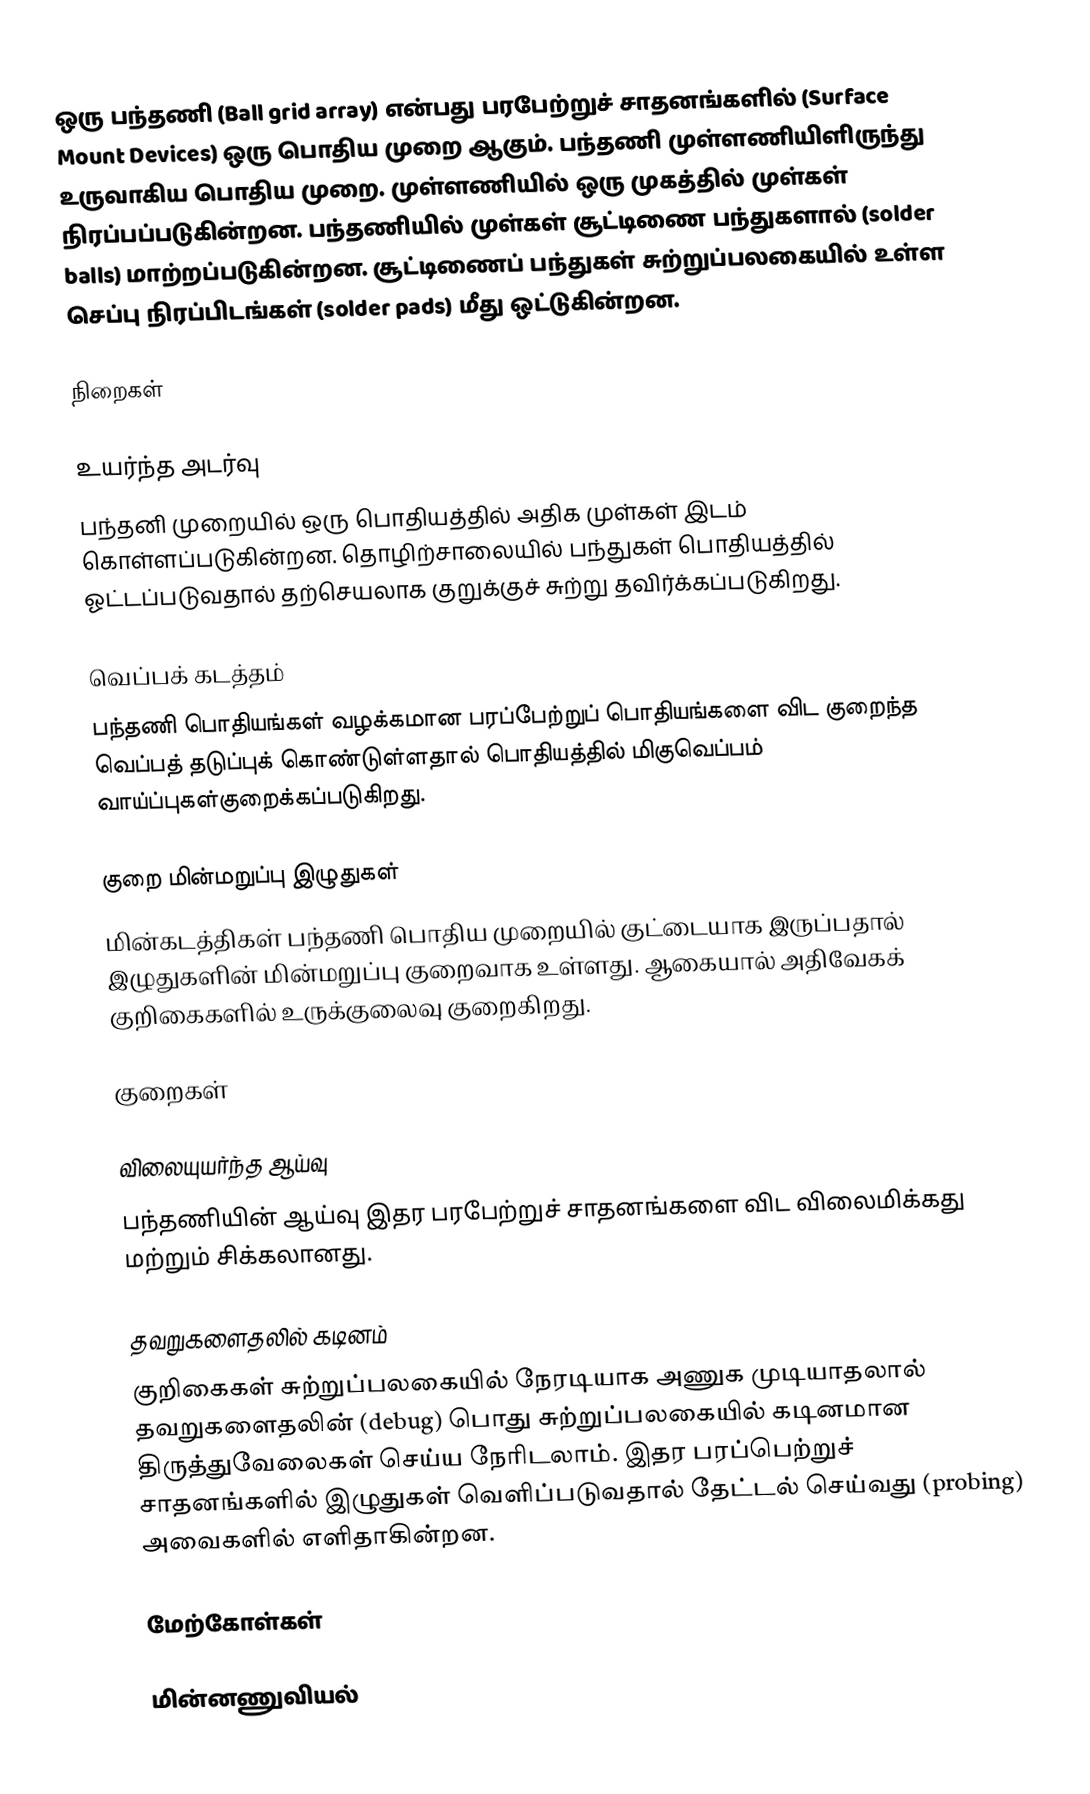
ஒரு பந்தணி (Ball grid array) என்பது பரபேற்றுச் சாதனங்களில் (Surface Mount Devices) ஒரு பொதிய முறை ஆகும். பந்தணி முள்ளணியிளிருந்து உருவாகிய பொதிய முறை. முள்ளணியில் ஒரு முகத்தில் முள்கள் நிரப்பப்படுகின்றன. பந்தணியில் முள்கள் சூட்டிணை பந்துகளால் (solder balls) மாற்றப்படுகின்றன. சூட்டிணைப் பந்துகள் சுற்றுப்பலகையில் உள்ள செப்பு நிரப்பிடங்கள் (solder pads) மீது ஒட்டுகின்றன.

நிறைகள்

உயர்ந்த அடர்வு
பந்தனி முறையில் ஒரு பொதியத்தில் அதிக முள்கள் இடம் கொள்ளப்படுகின்றன. தொழிற்சாலையில் பந்துகள் பொதியத்தில் ஓட்டப்படுவதால் தற்செயலாக குறுக்குச் சுற்று தவிர்க்கப்படுகிறது.

வெப்பக் கடத்தம்
பந்தணி பொதியங்கள் வழக்கமான பரப்பேற்றுப் பொதியங்களை விட குறைந்த வெப்பத் தடுப்புக் கொண்டுள்ளதால் பொதியத்தில் மிகுவெப்பம் வாய்ப்புகள்குறைக்கப்படுகிறது.

குறை மின்மறுப்பு இழுதுகள்
மின்கடத்திகள் பந்தணி பொதிய முறையில் குட்டையாக இருப்பதால் இழுதுகளின் மின்மறுப்பு குறைவாக உள்ளது. ஆகையால் அதிவேகக் குறிகைகளில் உருக்குலைவு குறைகிறது.

குறைகள்

விலையுயர்ந்த ஆய்வு
பந்தணியின் ஆய்வு இதர பரபேற்றுச் சாதனங்களை விட விலைமிக்கது மற்றும் சிக்கலானது.

தவறுகளைதலில் கடினம்
குறிகைகள் சுற்றுப்பலகையில் நேரடியாக அணுக முடியாதலால் தவறுகளைதலின் (debug) பொது சுற்றுப்பலகையில் கடினமான திருத்துவேலைகள் செய்ய நேரிடலாம். இதர பரப்பெற்றுச் சாதனங்களில் இழுதுகள் வெளிப்படுவதால் தேட்டல் செய்வது (probing) அவைகளில் எளிதாகின்றன.

மேற்கோள்கள்

மின்னணுவியல்